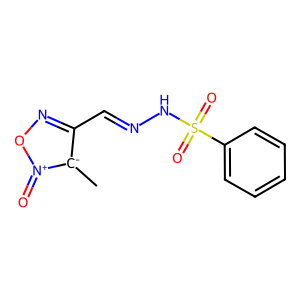
SMILES: C[c-]1c(C=NNS(=O)(=O)c2ccccc2)no[n+]1=O
Inhibits HIV replication: No